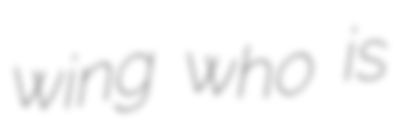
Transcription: wing who is